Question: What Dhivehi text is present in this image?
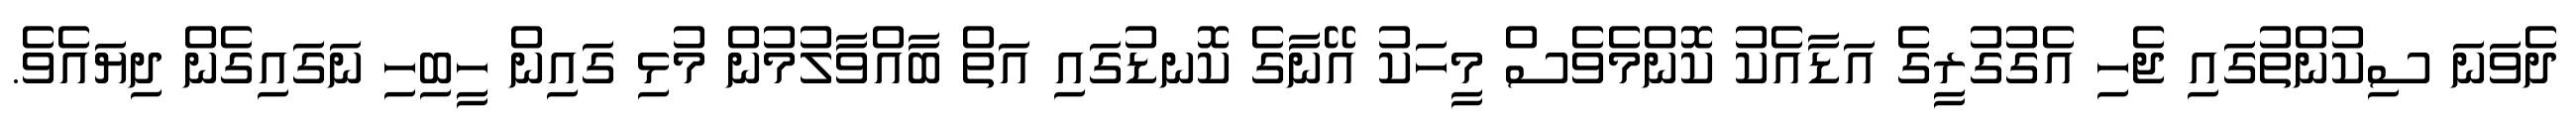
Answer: ދެވަނަ ސިކުންތުގައި ޖެހި އެގުގުރީގެ އަޑާއެކު ކޮންމެވެސް މީހަކު އޭނާގެ ކޮނޑުގައި އަތް ބާއްވާލުމުން މުޅި ގައިން ހީބިހި ނަގައިގެން ދިޔައެވެ.